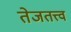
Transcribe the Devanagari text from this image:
तेजतत्त्व